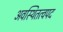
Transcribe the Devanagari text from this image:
अवस्थितत्वपद